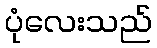
ပုံလေးသည်